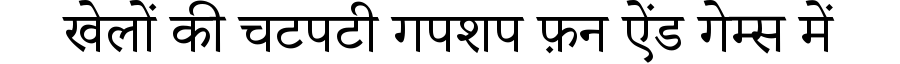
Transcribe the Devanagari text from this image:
खेलों की चटपटी गपशप फ़न ऐंड गेम्स में